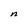
Character: n